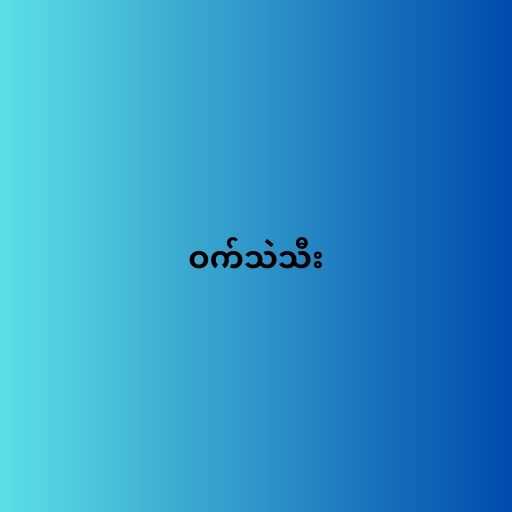
ဝက်သဲသီး